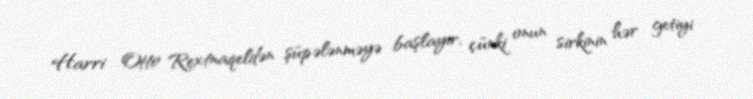
Harri Otto Rextnaqeldən şüpələnməyə başlayır, çünki onun sirkinin hər getiyi